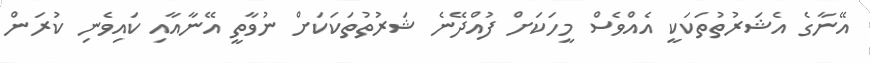
އޭނާގެ އެޝަރުތުތަކަކީ އެއްވެސް މީހަކަށް ފުއްދޭނެ ޝަރުތުތަކަކަށް ނުވާތީ އޭނާއާއި ކައިވެނި ކުރަން